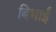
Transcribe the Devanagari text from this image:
बिभाई